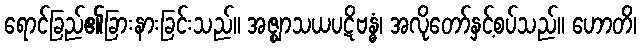
ရောင်ခြည်၏ခြားနားခြင်းသည်။ အဇ္ဈာသယပဋိဗန္ဓံ၊ အလိုတော်နှင့်စပ်သည်။ ဟောတိ၊